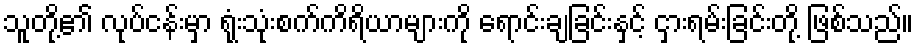
သူတို့၏ လုပ်ငန်းမှာ ရုံးသုံးစက်ကိရိယာများကို ရောင်းချခြင်းနှင့် ငှားရမ်းခြင်းတို့ ဖြစ်သည်။